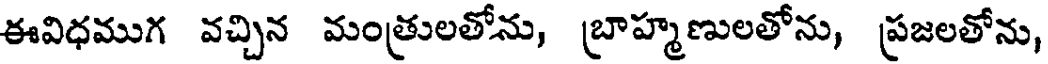
ఈవిధముగ వచ్చిన మంత్రులతోను, బ్రాహ్మణులతోను, ప్రజలతోను,